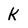
Character: k